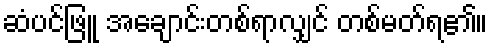
ဆံပင်ဖြူ အချောင်းတစ်ရာလျှင် တစ်မတ်ရ၏။